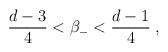
LaTeX: \begin{align*}\frac{d-3}{4}<\beta _{-}<\frac{d-1}{4}\;,\end{align*}